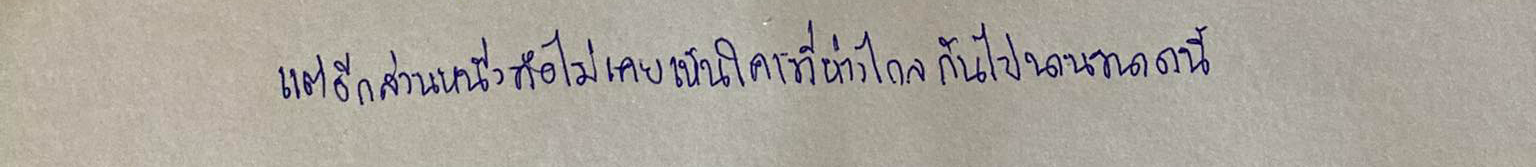
แต่อีกส่วนหนึ่งคือไม่เคยเห็นใครที่ห่างไกลกันไปนานขนาดนี้